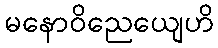
မနောဝိညေယျေဟိ